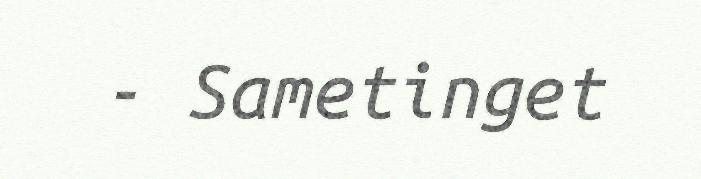
- Sametinget